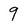
Character: 9